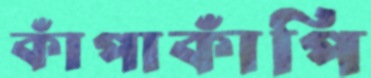
কাঁপাকাঁপি